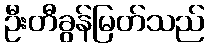
ဦးတီခွန်မြတ်သည်